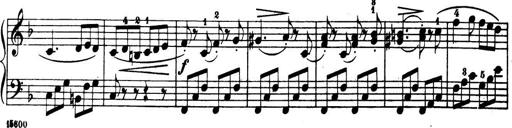
Title: 32 Sonatinas and Rondos for the Piano
Composer: Richard Kleinmichel